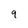
Character: q